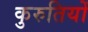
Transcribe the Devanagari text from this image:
कुरुतियों